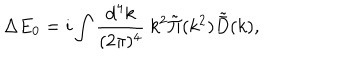
\Delta E _ { 0 } = i \int { \frac { \mathrm { d } ^ { 4 } k } { ( 2 \pi ) ^ { 4 } } } \ k ^ { 2 } \tilde { \Pi } ( k ^ { 2 } ) \tilde { \bar { D } } ( k ) ,